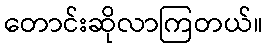
တောင်းဆိုလာကြတယ်။